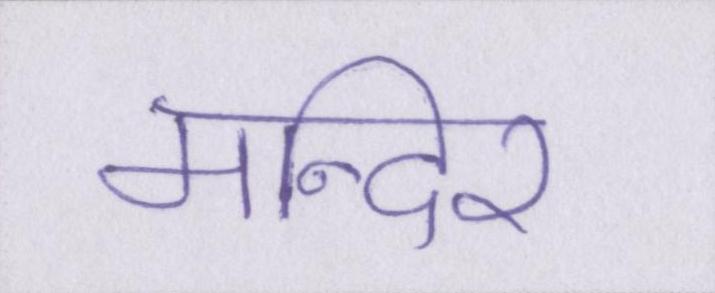
मन्दिर